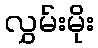
လွှမ်းမိုး